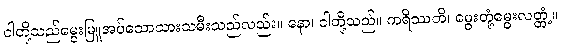
ငါတို့သည်မွေးမြူအပ်သောသားသမီးသည်လည်း။ နော၊ ငါတို့သည်။ ကရိဿတိ၊ မွေးတုံ့မွေးလတ္တံ့။